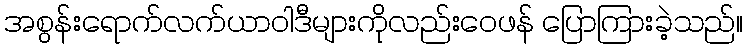
အစွန်းရောက်လက်ယာဝါဒီများကိုလည်းဝေဖန် ပြောကြားခဲ့သည်။